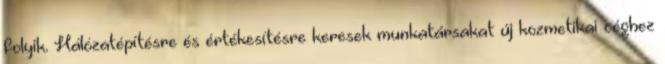
folyik. Hálózatépítésre és értékesítésre keresek munkatársakat új kozmetikai céghez